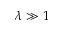
\lambda \gg 1